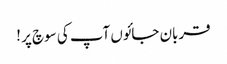
قربان جائوں آپ کی سوچ پر !